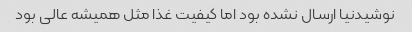
نوشیدنیا ارسال نشده بود اما کیفیت غذا مثل همیشه عالی بود